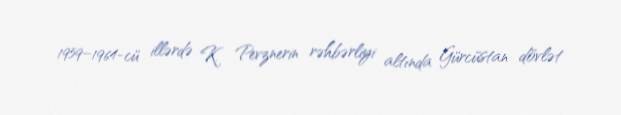
1959–1964-cü illərdə K. Pevznerin rəhbərliyi altında Gürcüstan dövlət